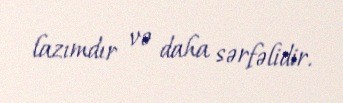
lazımdır və daha sərfəlidir.